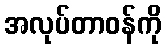
အလုပ်တာဝန်ကို